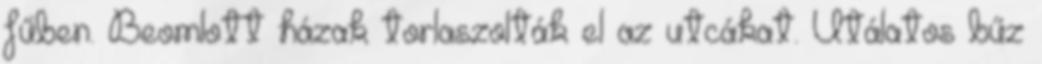
fűben. Beomlott házak torlaszolták el az utcákat. Utálatos bűz